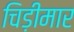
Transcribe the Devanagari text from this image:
चिड़ीमार